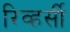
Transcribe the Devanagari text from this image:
रिव्हर्सी